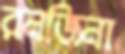
রনজিনা